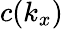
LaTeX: c(k_{x})